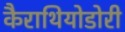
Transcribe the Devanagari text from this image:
कैराथियोडोरी